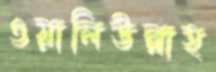
ওয়ালিউল্লাহ